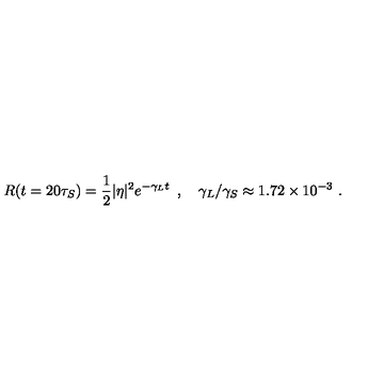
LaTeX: R ( t = 2 0 \tau _ { S } ) = { \frac { 1 } { 2 } } | \eta | ^ { 2 } e ^ { - \gamma _ { L } t } \enspace , \quad \gamma _ { L } / \gamma _ { S } \approx 1 . 7 2 \times 1 0 ^ { - 3 } \ .